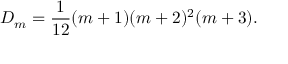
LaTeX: D _ { m } = \frac { 1 } { 1 2 } ( m + 1 ) ( m + 2 ) ^ { 2 } ( m + 3 ) .